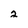
Character: 2